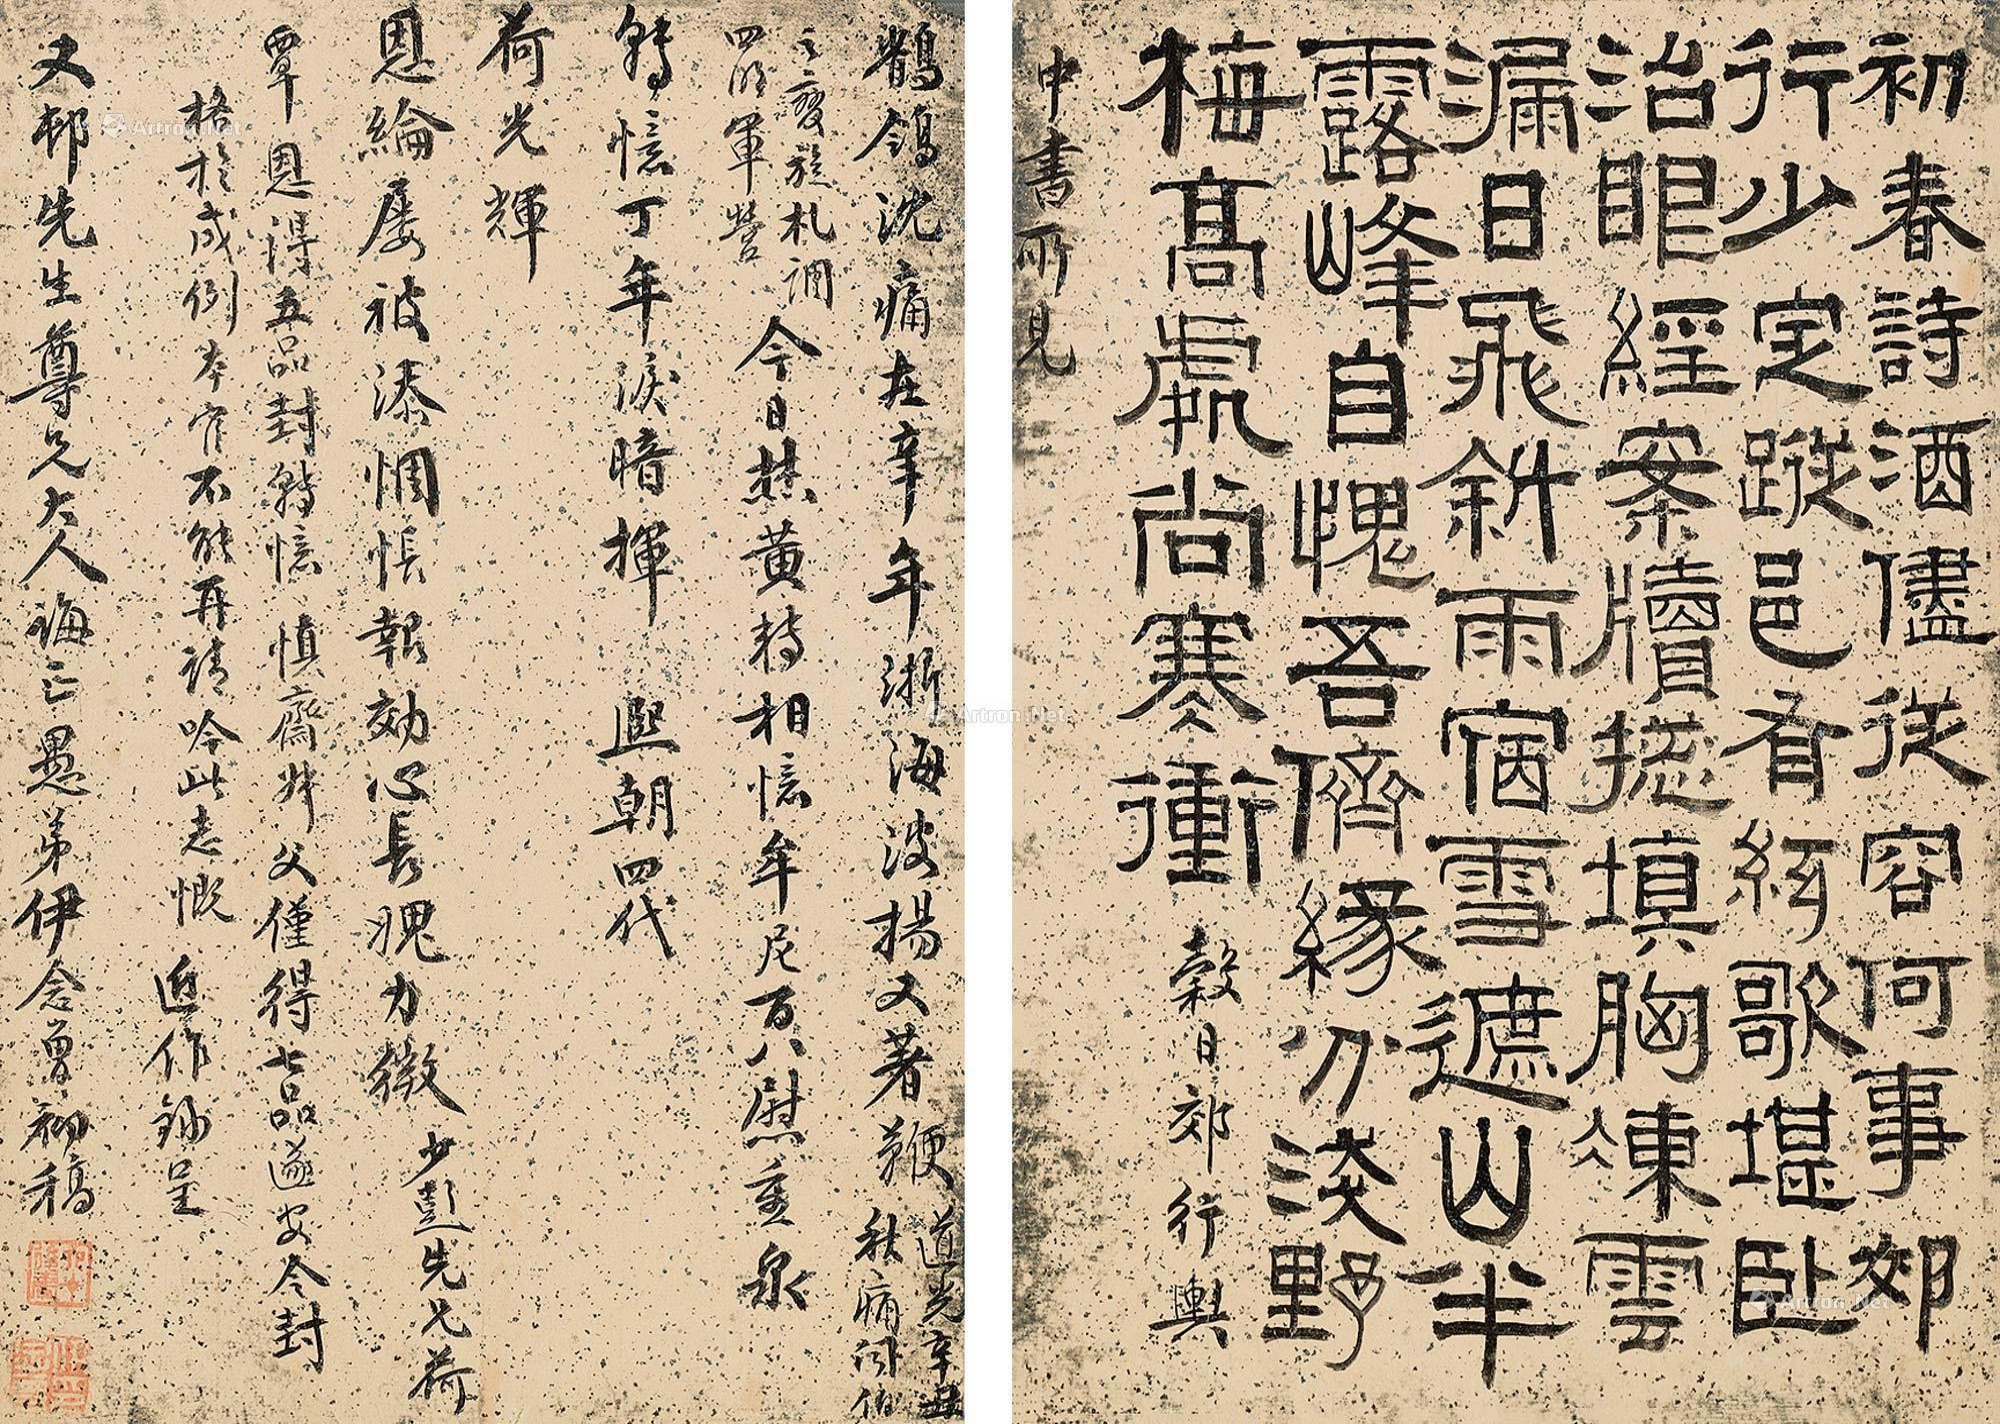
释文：初春诗酒尽从容，何事郊行少定踪。邑有弦歌堪卧治，眼经案牍总填胸。冻云漏日飞斜雨，宿雪遮山半露峰。自愧吾侪缘分浅，野梅高处尚寒冲。谷日郊行，舆中书所见：鹡鸰沉痛在辛年，浙海波扬又著鞭。（道光辛丑秋，痛闻伯之变，旋札调四明军营。）今日焚黄转相忆，牟尼百八慰重泉。转忆丁年泪暗挥，熙朝四代荷光辉。恩纶屡被添惆怅，报效心长愧力微。少彭先兄荷覃恩得五品封。转忆慎斋叔父仅得七品遂安。今封格于成例，本官不能再请，吟此志慨，近作录呈又村先生尊兄大人诲正，愚弟伊念曾初稿。